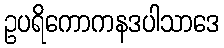
ဥပရိကောကနဒပါသာဒေ